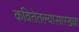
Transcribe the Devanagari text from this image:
कवितेतल्यासारख्या